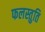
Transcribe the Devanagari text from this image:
फलस्तुति